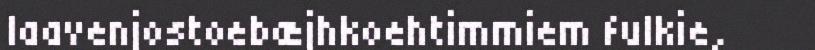
laavenjostoebæjhkoehtimmiem fulkie,